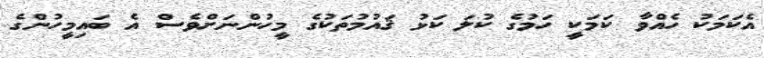
އެކަމަކު ހެއްވާ ކަމަކީ ހަމުގެ ކުލަ ކަޅު ޤައުމުތަކުގެ މީހުންނަށްވެސް އެ ބައިމީހުންގެ